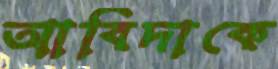
আবিদাকে